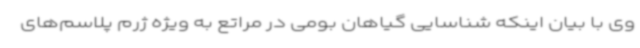
وی با بیان اینکه شناسایی گیاهان بومی در مراتع به ویژه ژرم پلاسم‌های